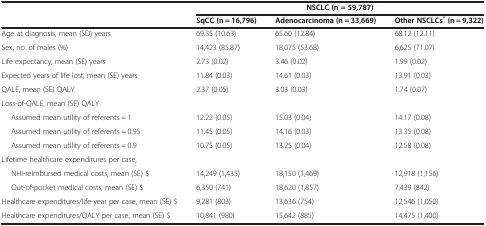
<table><thead><tr><td><b> </b></td><td colspan="3"><b>NSCLC (n = 59,787)</b></td></tr><tr><td><b> </b></td><td><b>SqCC (n = 16,796)</b></td><td><b>Adenocarcinoma (n = 33,669)</b></td><td><b>Other NSCLCs<sup>* </sup>(n = 9,322)</b></td></tr></thead><tbody><tr><td>Age at diagnosis, mean (SD) years</td><td>69.35 (10.63)</td><td>65.60 (12.84)</td><td>68.12 (12.11)</td></tr><tr><td>Sex, no. of males (%)</td><td>14,423 (85.87)</td><td>18,075 (53.68)</td><td>6,625 (71.07)</td></tr><tr><td>Life expectancy, mean (SE) years</td><td>2.73 (0.02)</td><td>3.46 (0.02)</td><td>1.99 (0.02)</td></tr><tr><td>Expected years of life lost, mean (SE) years</td><td>11.84 (0.03)</td><td>14.61 (0.03)</td><td>13.91 (0.03)</td></tr><tr><td>QALE, mean (SE) QALY</td><td>2.37 (0.05)</td><td>3.03 (0.03)</td><td>1.74 (0.07)</td></tr><tr><td>Loss-of-QALE, mean (SE) QALY</td><td> </td><td> </td><td> </td></tr><tr><td>Assumed mean utility of referents = 1</td><td>12.22 (0.05)</td><td>15.03 (0.04)</td><td>14.17 (0.08)</td></tr><tr><td>Assumed mean utility of referents = 0.95</td><td>11.45 (0.05)</td><td>14.16 (0.03)</td><td>13.35 (0.08)</td></tr><tr><td>Assumed mean utility of referents = 0.9</td><td>10.75 (0.05)</td><td>13.25 (0.04)</td><td>12.58 (0.08)</td></tr><tr><td>Lifetime healthcare expenditures per case,</td><td> </td><td> </td><td> </td></tr><tr><td>NHI-reimbursed medical costs, mean (SE) $</td><td>14,249 (1,435)</td><td>18,150 (1,469)</td><td>12,918 (1,156)</td></tr><tr><td>Out-of-pocket medical costs, mean (SE) $</td><td>6,350 (741)</td><td>18,620 (1,857)</td><td>7,439 (842)</td></tr><tr><td>Healthcare expenditures/life-year per case, mean (SE) $</td><td>9,281 (803)</td><td>13,636 (754)</td><td>12,546 (1,050)</td></tr><tr><td>Healthcare expenditures/QALY per case, mean (SE) $</td><td>10,841 (980)</td><td>15,642 (885)</td><td>14,475 (1,400)</td></tr></tbody></table>